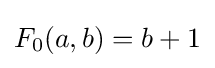
F_{0}(a,b)=b+1